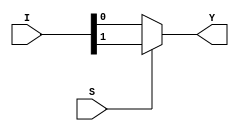
module mux2(
    input [1:0] I, 
    input S,
    output reg Y
);

always @ (I or S) begin
    if(S == 1) begin
        Y <= I[1];
    end 
    else begin
        Y <= I[0];
    end
end
endmodule